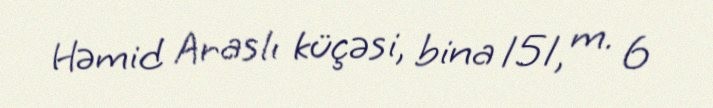
Həmid Araslı küçəsi, bina 151, m. 6